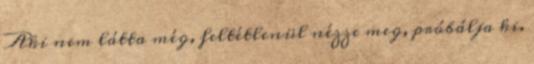
Aki nem látta még, feltétlenül nézze meg, próbálja ki.